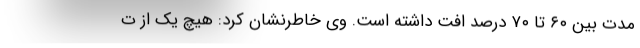
مدت بین ۶۰ تا ۷۰ درصد افت داشته است. وی خاطرنشان کرد: هیچ یک از ت